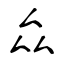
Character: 厽